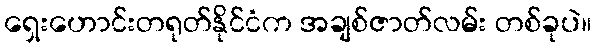
ရှေးဟောင်းတရုတ်နိုင်ငံက အချစ်ဇာတ်လမ်း တစ်ခုပဲ။